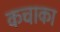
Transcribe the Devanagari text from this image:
कचाका